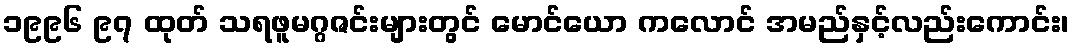
၁၉၉၆ ၉၇ ထုတ် သရဖူမဂ္ဂဇင်းများတွင် မောင်ယော ကလောင် အမည်နှင့်လည်းကောင်း၊